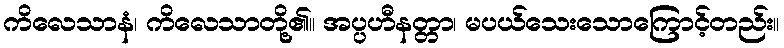
ကိလေသာနံ၊ ကိလေသာတို့၏။ အပ္ပဟီနတ္တာ၊ မပယ်သေးသောကြောင့်တည်း။